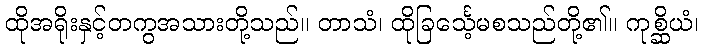
ထိုအရိုးနှင့်တကွအသားတို့သည်။ တာသံ၊ ထိုခြင်္သေ့မစသည်တို့၏။ ကုစ္ဆိယံ၊